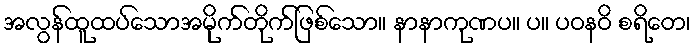
အလွန်ထူထပ်သောအမိုက်တိုက်ဖြစ်သော။ နာနာကုဏပ။ ပ။ ပဝနဝိ စရိတေ၊